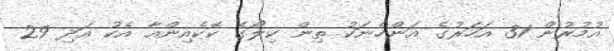
އުމުރުން 31 އަހަރުގެ އަންހެނަކު ތިން ކިލޯގެ ކޮކެއިންއާ އެކު އަދި 29